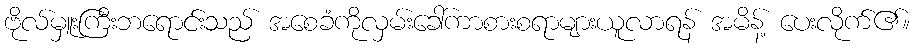
ဗိုလ်မှူးကြီးဘရောင်းသည် အစေခံကိုလှမ်းခေါ်ကာစားစရာများယူလာရန် အမိန့် ပေးလိုက်၏။